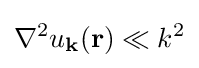
\nabla ^{2}u_{\mathbf {k} }(\mathbf {r} )\ll k^{2}